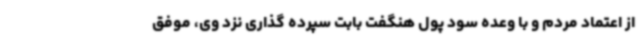
از اعتماد مردم و با وعده سود پول هنگفت بابت سپرده گذاری نزد وی، موفق